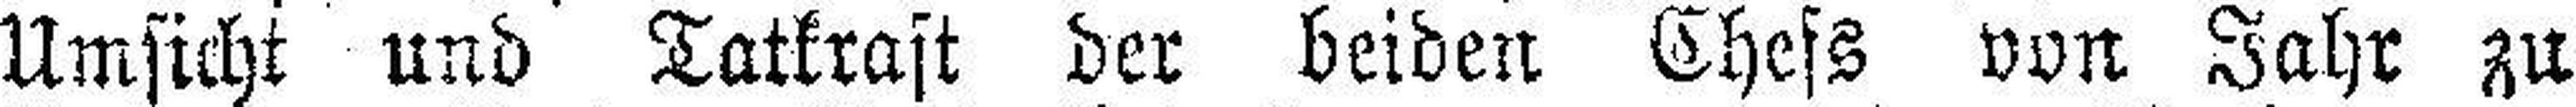
Umsicht und Tatkraft der beiden Chefs von Jahr zu